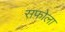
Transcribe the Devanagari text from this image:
सफोला